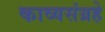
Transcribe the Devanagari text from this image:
काव्यसंग्रहे